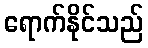
ရောက်နိုင်သည်